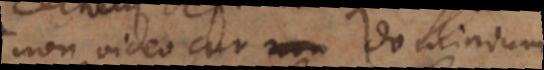
non video cur dominium